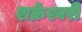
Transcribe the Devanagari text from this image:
शक्रेश्वरी